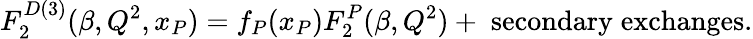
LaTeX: F_{2}^{D(3)}(\beta,Q^{2},x_{P})=f_{P}(x_{P})F_{2}^{P}(\beta,Q^{2})+\; \mathrm{secondary}\; \mathrm{exchanges}.